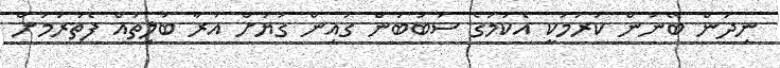
ނިދަން ބޭނުން ކުރުމަކީ އެކަމުގެ ސަބަބުން ގައިން ގަޔަށް އަރާ ބަލިތައް ފެތުރުމަށް